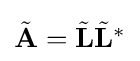
{\textstyle {\tilde {\mathbf {A} }}={\tilde {\mathbf {L} }}{\tilde {\mathbf {L} }}^{*}}